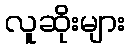
လူဆိုးများ